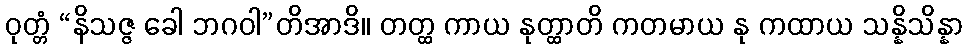
ဝုတ္တံ “နိသဇ္ဇ ခေါ ဘဂဝါ”တိအာဒိ။ တတ္ထ ကာယ နုတ္ထာတိ ကတမာယ နု ကထာယ သန္နိသိန္နာ